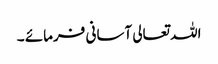
اللہ تعالی آسانی فرمائے ۔